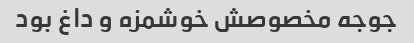
جوجه مخصوصش خوشمزه و داغ بود